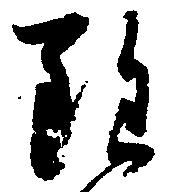
雖